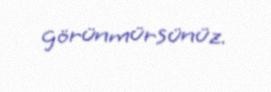
görünmürsünüz.